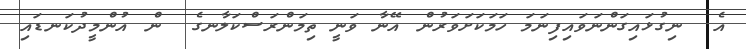
އެ  ނިގުޅައިގަންނަވައިފިނަމަ ހަމަކަށަވަރުން އޭނާ ވަނީ ތިމަންރަސްކަލާނގެ  ން އުންމީދުކަނޑައި